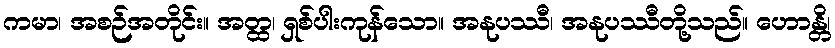
ကမာ၊ အစဉ်အတိုင်း။ အတ္ထ၊ ရှစ်ပါးကုန်သော။ အနုပဿီ၊ အနုပဿီတို့သည်။ ဟောန္တိ၊